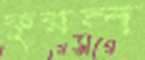
ফুরল